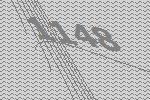
1148